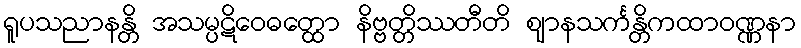
ရူပသညာနန္တိ အသမ္ပဋိဝေဓတ္ထော နိဗ္ဗတ္တိဿတီတိ ဈာနသင်္ကန္တိကထာဝဏ္ဏနာ